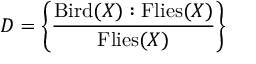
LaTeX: D = \left\{ { \frac { \mathrm { B i r d } ( X ) : \mathrm { F l i e s } ( X ) } { \mathrm { F l i e s } ( X ) } } \right\}